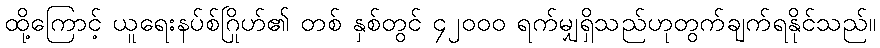
ထို့ကြောင့် ယူရေးနပ်စ်ဂြိုဟ်၏ တစ် နှစ်တွင် ၄၂၀၀၀ ရက်မျှရှိသည်ဟုတွက်ချက်ရနိုင်သည်။